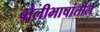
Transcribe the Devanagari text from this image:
बोलीभाषांतील